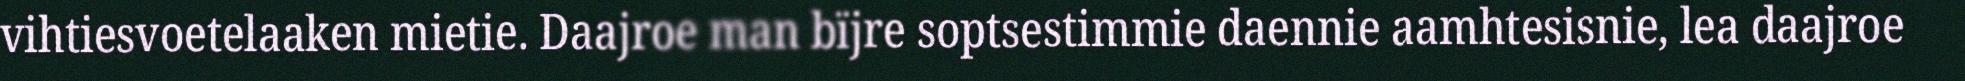
vihtiesvoetelaaken mietie. Daajroe man bïjre soptsestimmie daennie aamhtesisnie, lea daajroe